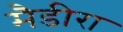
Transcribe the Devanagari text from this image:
मैडीरा